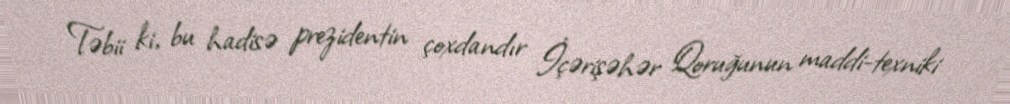
Təbii ki, bu hadisə prezidentin çoxdandır İçərişəhər Qoruğunun maddi-texniki